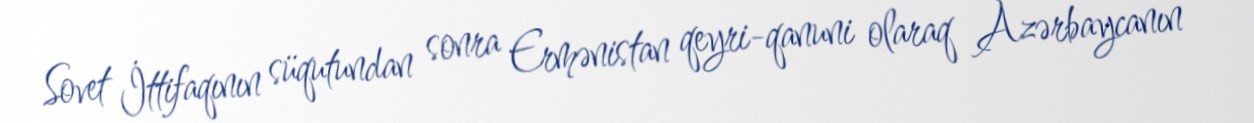
Sovet İttifaqının süqutundan sonra Ermənistan qeyri-qanuni olaraq Azərbaycanın